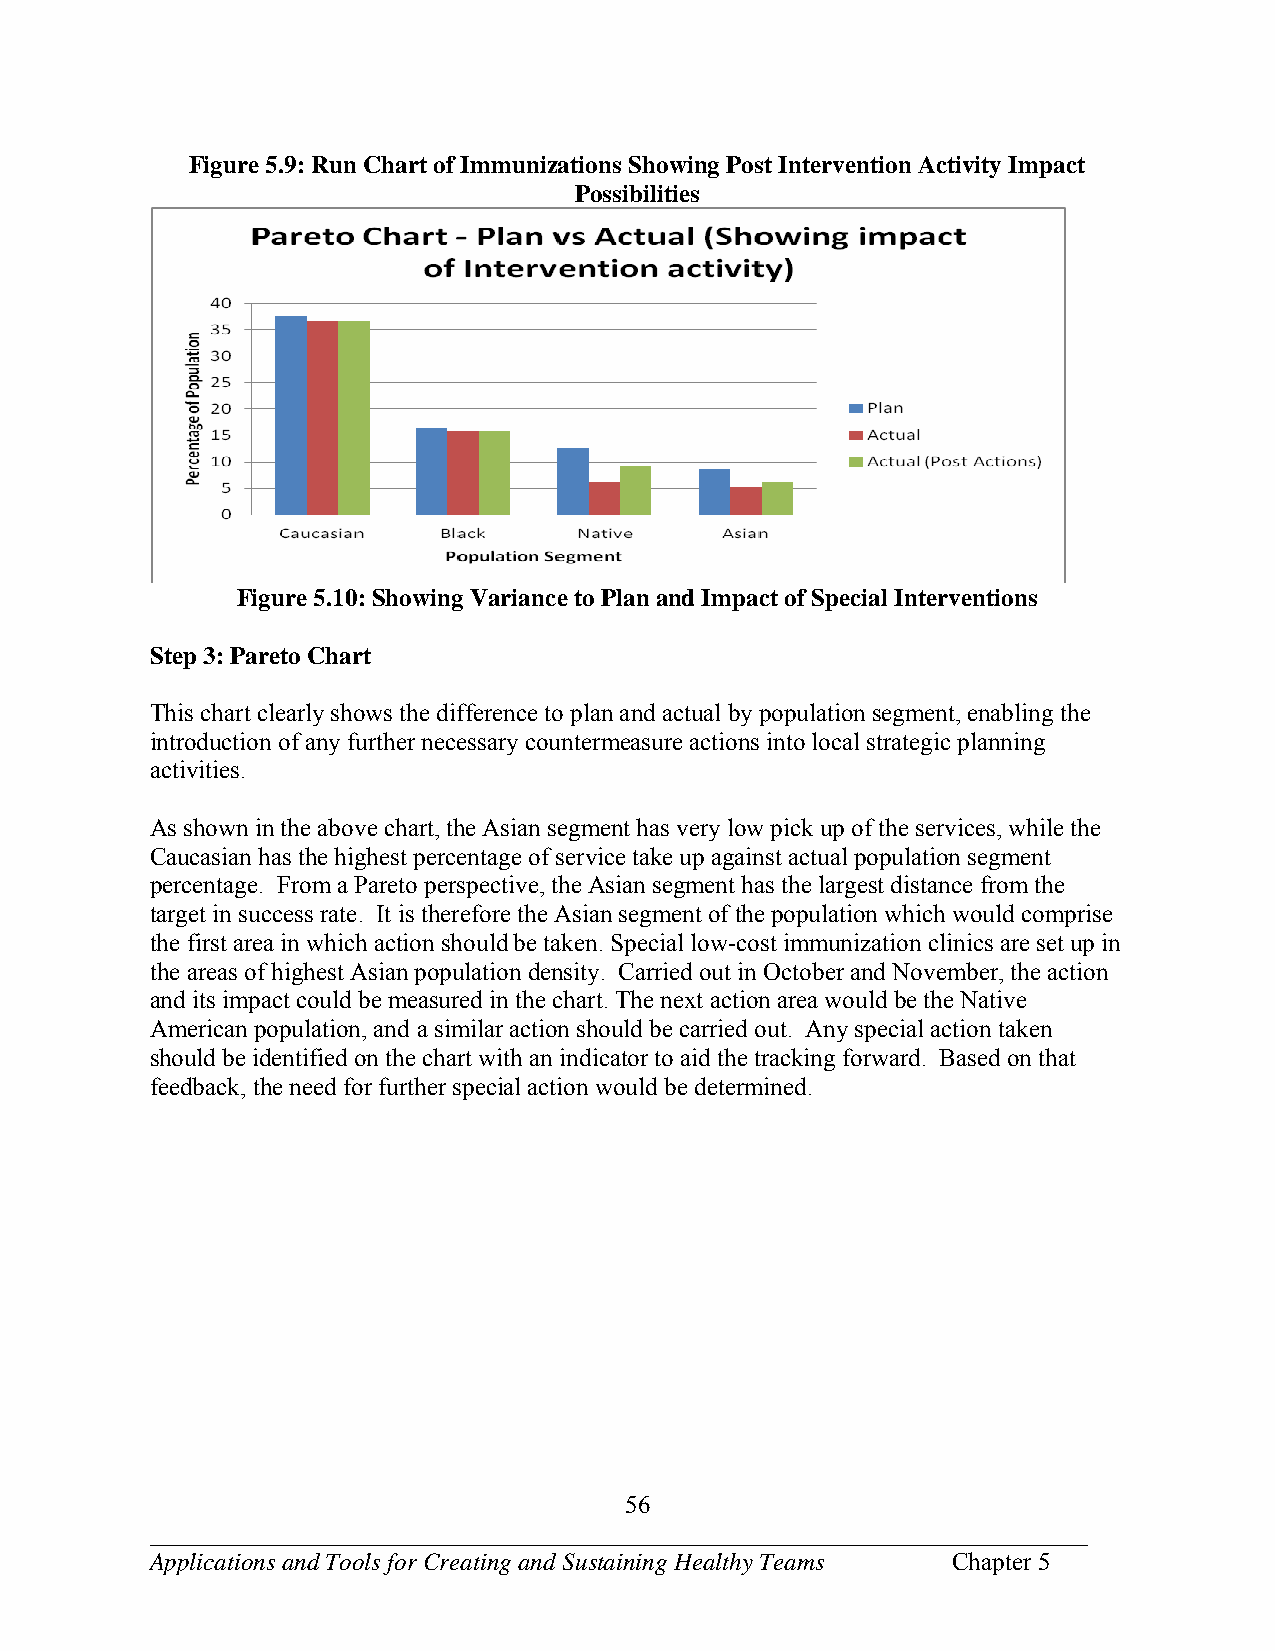
Figure 5.9: Run Chart of Immunizations Showing Post Intervention Activity Impact
 Possibilities
 Figure 5.10: Showing Variance to Plan and Impact of Special Interventions
 Step 3: Pareto Chart
 This chart clearly shows the difference to plan and actual by population segment, enabling the
 introduction of any further necessary countermeasure actions into local strategic planning
 activities.
 As shown in the above chart, the Asian segment has very low pick up of the services, while the
 Caucasian has the highest percentage of service take up against actual population segment
 percentage. From a Pareto perspective, the Asian segment has the largest distance from the
 target in success rate. It is therefore the Asian segment of the population which would comprise
 the first area in which action should be taken. Special low-cost immunization clinics are set up in
 the areas of highest Asian population density. Carried out in October and November, the action
 and its impact could be measured in the chart. The next action area would be the Native
 American population, and a similar action should be carried out. Any special action taken
 should be identified on the chart with an indicator to aid the tracking forward. Based on that
 feedback, the need for further special action would be determined.
 56
 ___________________________________________________________________________
 Applications and Tools for Creating and Sustaining Healthy Teams Chapter 5